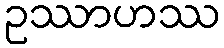
ဥဿာဟဿ